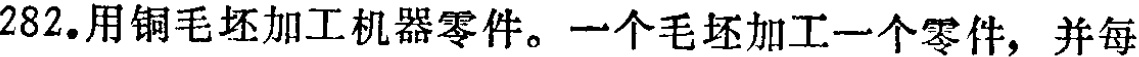
282.用铜毛坯加工机器零件。一个毛坯加工一个零件，并每